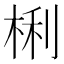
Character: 梸